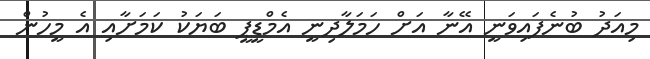
މިއަދު ބުނެފައިވަނީ އޭނާ އަށް ހަމަލާދިނީ އެމްޑީޕީ ބަޔަކު ކަމަށާއި އެ މީހުން